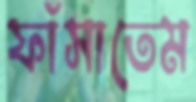
ফাঁসাতেম